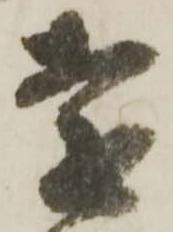
遠